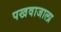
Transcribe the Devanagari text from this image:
पखवाजाला